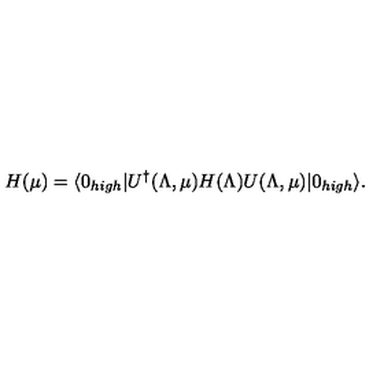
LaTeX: H ( \mu ) = \langle 0 _ { h i g h } | U ^ { \dagger } ( \Lambda , \mu ) H ( \Lambda ) U ( \Lambda , \mu ) | 0 _ { h i g h } \rangle .